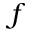
f